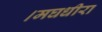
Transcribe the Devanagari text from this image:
।मघधीरा